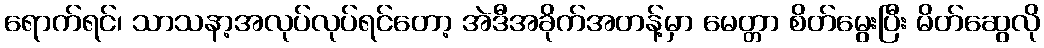
ရောက်ရင်၊ သာသနာ့အလုပ်လုပ်ရင်တော့ အဲဒီအခိုက်အတန့်မှာ မေတ္တာ စိတ်မွေးပြီး မိတ်ဆွေလို